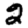
Digit: 2